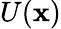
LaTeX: U(\mathbf{x})